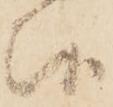
候